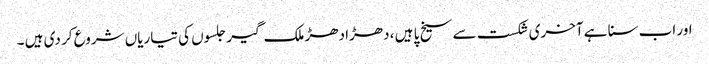
اور اب سنا ہے آخری شکست سے سیخ پا ہیں ، دھڑا دھڑ ملک گیر جلسوں کی تیاریاں شروع کر دی ہیں ۔